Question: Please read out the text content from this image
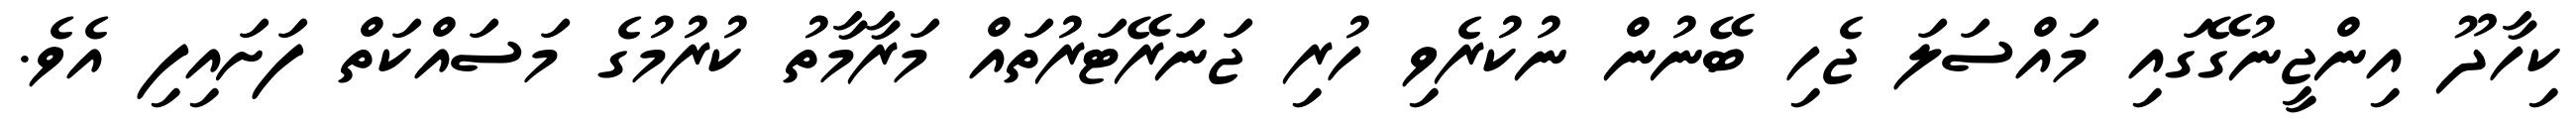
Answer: ކިހާދޫ އިންޖީނުގޭގައި މައްސަލަ ޖެހި ބޭނުން ނުކުރެވި ހުރި ޖަނަރޭޓަރުތައް މަރާމާތު ކުރުމުގެ މަސައްކަތް ފަށައިފި އެވެ.